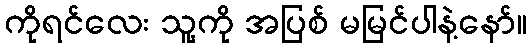
ကိုရင်လေး သူ့ကို အပြစ် မမြင်ပါနဲ့နော်။